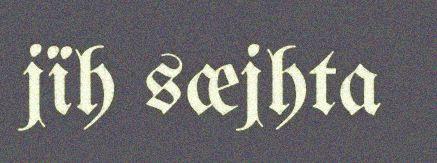
jïh sæjhta